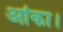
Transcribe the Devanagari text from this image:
आंका।